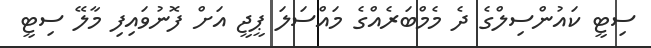
ސިޓީ ކައުންސިލްގެ ދެ މެމްބަރެއްގެ މައްސަލަ ޕީޖީ އަށް ފޮނުވައިފި މާލޭ ސިޓީ